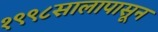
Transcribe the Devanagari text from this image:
१९९८सालापासून